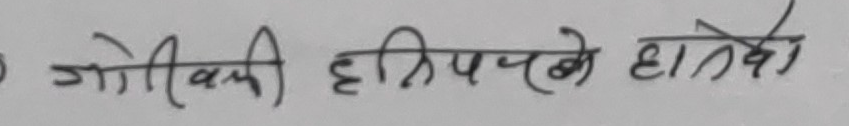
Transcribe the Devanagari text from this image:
जोखिमको क्षतिपूरणको दाबी